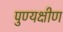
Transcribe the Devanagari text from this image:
पुण्यक्षीण